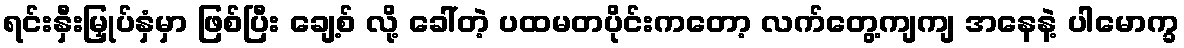
ရင်းနှီးမြှုပ်နှံမှာ ဖြစ်ပြီး ချေ့စ် လို့ ခေါ်တဲ့ ပထမတပိုင်းကတော့ လက်တွေ့ကျကျ အနေနဲ့ ပါမောက္ခ